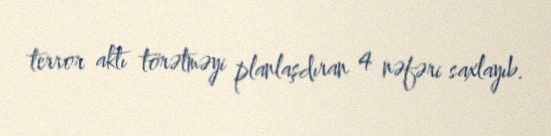
terror aktı törətməyi planlaşdıran 4 nəfəri saxlayıb.